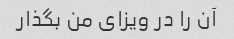
آن را در ویزای من بگذار